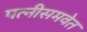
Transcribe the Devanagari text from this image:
पत्नीसमवेत